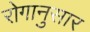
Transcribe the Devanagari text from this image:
रोगानुसार